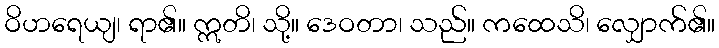
ဝိဟရေယျ၊ ရာ၏။ ဣတိ၊ သို့။ ဒေဝတာ၊ သည်။ ကထေသိ၊ လျှောက်၏။